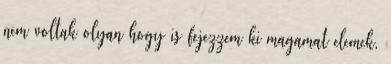
nem voltak olyan hogy is fejezzem ki magamat elemek,